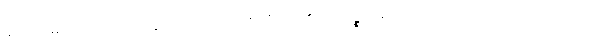
အထက်မှလာ၍အောက်သို့ညွတ်သည်။ ဟောတိ၊ ဖြစ်၏။ ကထဉ္စ၊ အဘယ်သို့လျှင်။ ပုဂ္ဂလော၊ ပုဂ္ဂိုလ်သည်။